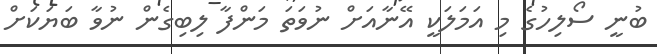
ބުނީ ސޯލިހުގެ މި އަމަލަކީ އޭނާއަށް ނުވަތަ މަންފާ ލިބިގެން ނުވާ ބަޔަކަށް